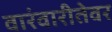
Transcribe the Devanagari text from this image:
वारंवारीतेवर